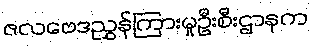
ဇလဗေဒညွှန်ကြားမှုဦးစီးဌာနက